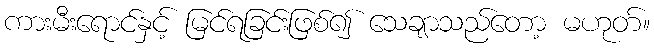
ကားမီးရောင်နှင့် မြင်ရခြင်းဖြစ်၍ သေချာသည်တော့ မဟုတ်။